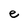
Character: e